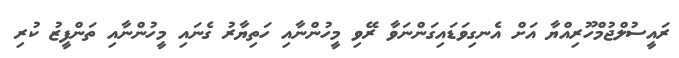
ރައީސުލްޖުމްހޫރިއްޔާ އަށް އެނގިވަޑައިގަންނަވާ ރޭވި މީހުންނާއި ހަތިޔާރު ގެނައި މީހުންނާއި ތަންފީޒު ކުރި